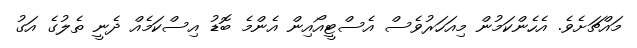
މައްޗަށެވެ. އެހެންކަމުން މިއަހަރުވެސް އެސްޓީއޯއިން އެންމެ ބޮޑު އިސްކަމެއް ދެނީ ތެލުގެ އަގު